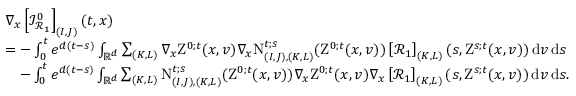
\begin{array} { r l } & { \nabla _ { x } \left[ \mathcal { I } _ { \mathcal { R } _ { 1 } } ^ { 0 } \right] _ { ( I , J ) } ( t , x ) } \\ & { = - \int _ { 0 } ^ { t } e ^ { d ( t - s ) } \int _ { \mathbb R ^ { d } } \sum _ { ( K , L ) } \nabla _ { x } \mathrm { Z } ^ { 0 ; t } ( x , v ) \nabla _ { x } \mathrm { N } _ { ( I , J ) , ( K , L ) } ^ { t ; s } ( \mathrm { Z } ^ { 0 ; t } ( x , v ) ) \left[ \mathcal { R } _ { 1 } \right] _ { ( K , L ) } ( s , \mathrm { Z } ^ { s ; t } ( x , v ) ) \, \mathrm { d } v \, \mathrm { d } s } \\ & { \quad - \int _ { 0 } ^ { t } e ^ { d ( t - s ) } \int _ { \mathbb R ^ { d } } \sum _ { ( K , L ) } \mathrm { N } _ { ( I , J ) , ( K , L ) } ^ { t ; s } ( \mathrm { Z } ^ { 0 ; t } ( x , v ) ) \nabla _ { x } \mathrm { Z } ^ { 0 ; t } ( x , v ) \nabla _ { x } \left[ \mathcal { R } _ { 1 } \right] _ { ( K , L ) } ( s , \mathrm { Z } ^ { s ; t } ( x , v ) ) \, \mathrm { d } v \, \mathrm { d } s . } \end{array}